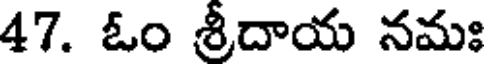
47. ఓం శ్రీదాయ నమః